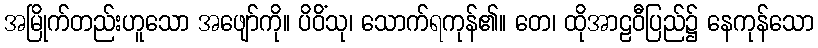
အမြိုက်တည်းဟူသော အဖျော်ကို။ ပိဝိံသု၊ သောက်ရကုန်၏။ တေ၊ ထိုအာဠဝီပြည်၌ နေကုန်သော